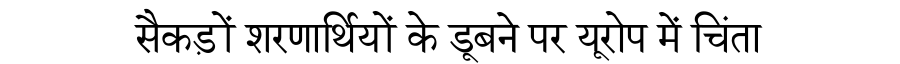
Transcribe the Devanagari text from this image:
सैकड़ों शरणार्थियों के डूबने पर यूरोप में चिंता